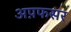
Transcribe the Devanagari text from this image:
अप़फसर